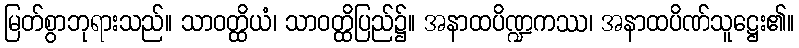
မြတ်စွာဘုရားသည်။ သာဝတ္ထိယံ၊ သာဝတ္ထိပြည်၌။ အနာထပိဏ္ဍကဿ၊ အနာထပိဏ်သူဋ္ဌေး၏။